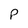
Character: p